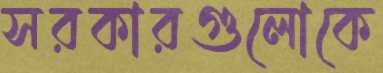
সরকারগুলোকে